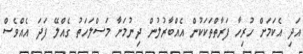
އަދި އެކަމަށް ހުރިހާ ފަރާތްތަކަކުން އެއްބާރުލުން ދިނުމަށާ މަސްލަހަތު ގެއްލޭ ފަދަ އެއްވެސް